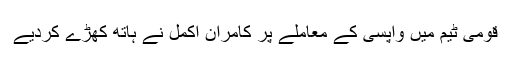
قومی ٹیم میں واپسی کے معاملے پر کامران اکمل نے ہاتھ کھڑے کردیے